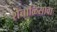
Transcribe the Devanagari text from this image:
शेचाळिसावा